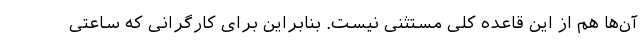
آن‌ها هم از این قاعده کلی مستثنی نیست. بنابراین برای کارگرانی که ساعتی